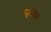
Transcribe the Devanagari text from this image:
रुसीः